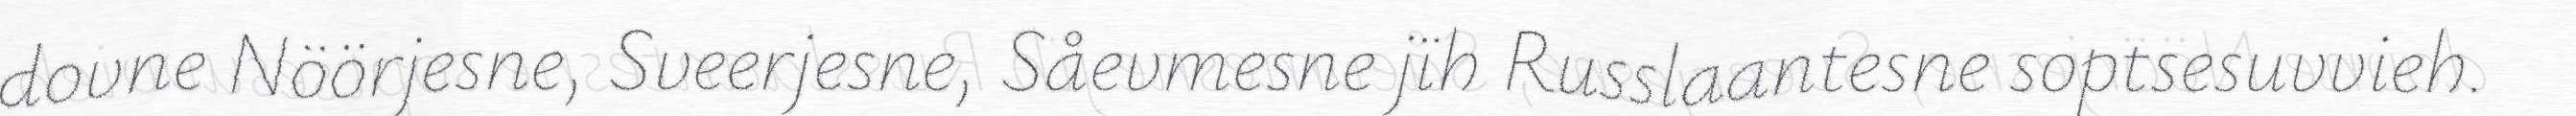
dovne Nöörjesne, Sveerjesne, Såevmesne jïh Russlaantesne soptsesuvvieh.